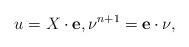
LaTeX: \begin{align*}u=X\cdot \mathbf{e},\nu^{n+1}=\mathbf{e}\cdot\nu,\end{align*}